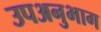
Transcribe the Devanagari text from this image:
उपअनुभाग